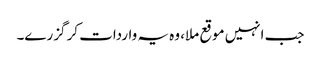
جب انہیں موقع ملا، وہ یہ واردات کر گزرے۔